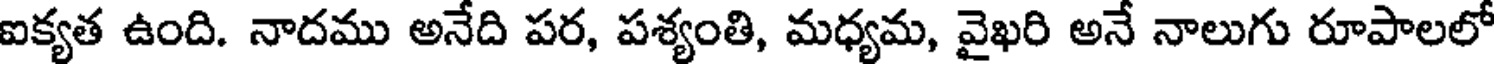
ఐక్యత ఉంది. నాదము అనేది పర, పశ్యంతి, మధ్యమ, వైఖరి అనే నాలుగు రూపాలలో